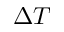
\Delta T